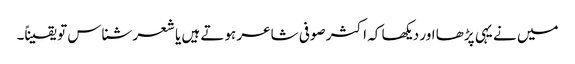
میں نے یہی پڑھا اور دیکھا کہ اکثر صوفی شاعر ہوتے ہیں یا شعر شناس تو یقیناً۔